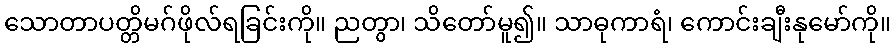
သောတာပတ္တိမဂ်ဖိုလ်ရခြင်းကို။ ညတွာ၊ သိတော်မူ၍။ သာဓုကာရံ၊ ကောင်းချီးနုမော်ကို။